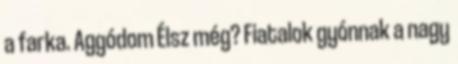
a farka. Aggódom Élsz még? Fiatalok gyónnak a nagy